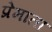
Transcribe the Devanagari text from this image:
प्रेमाता